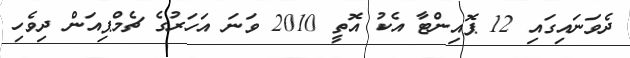
ދެވަނައިގައި 12 ޕޮއިންޓާ އެކު އޮތީ 2010 ވަނަ އަހަރުގެ ޗެމްޕިއަން ދިވެހި